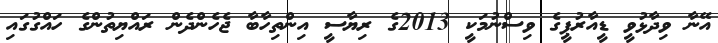
އޭނާ ވިދާޅުވީ ޑީއާރުޕީގެ ވިސްނުމަކީ 2013ގެ ރިޔާސީ އިންތިހާބާ ޖެހެންދެން ރައްޔިތުންގެ ހައްގުގައި